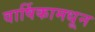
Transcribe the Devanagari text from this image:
वार्षिकामधून